Lunatic asylums in Bengal annual reports 1899-1911 - 1899-1911
Year: 1899
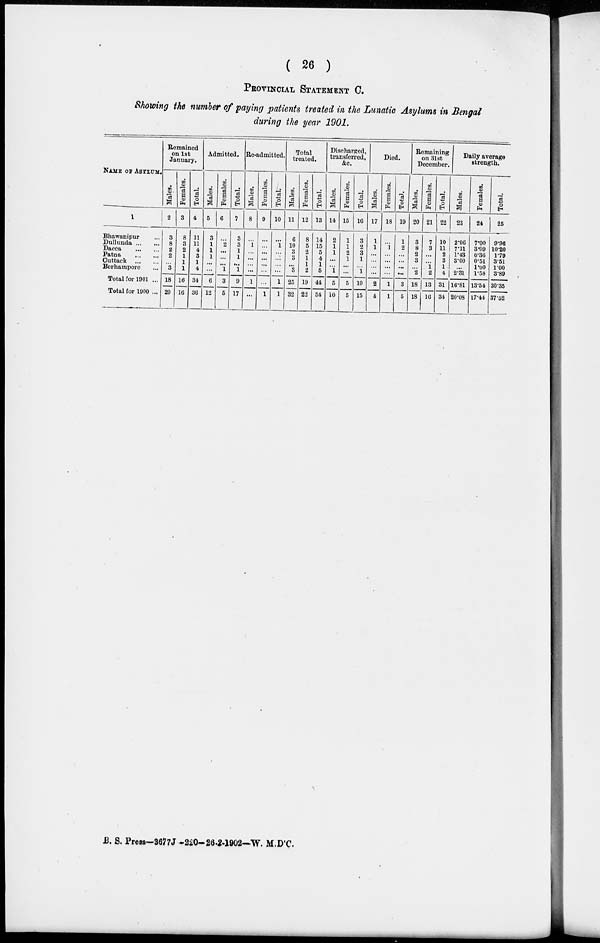
( 26 )
PROVINCIAL STATEMENT C.
Showing the number of paying patients treated in the Lunatic Asylums in Bengal
during the year 1901.
NAME OF ASYLUM.
1
Bhawanipur ...
Dullunda ... ...
Dacca
...
...
Patna
...
...
Cuttack
...
...
Berhampore ...
Total for 1901 ...
Total for 1900 ...
Remained
on 1st
January.
Males.
2
3
8
2
2
...
3
18
20
Females.
3
8
3
2
1
1
1
16
16
Total.
4
11
11
4
3
1
4
34
36
Admitted.
Males.
5
3
1
1
1
...
...
6
12
Females.
6
...
2
...
...
...
1
3
5
Total.
7
3
3
1
1
...
1
9
17
Re-admitted.
Males.
8
...
1
...
...
...
...
1
...
Females.
9
...
...
...
...
...
...
...
1
Total.
10
...
1
...
...
...
...
1
1
Total
treated.
Males.
11
6
10
3
3
...
3
25
32
Females.
12
8
5
2
1
1
2
19
22
Total.
13
14
15
5
4
1
5
44
54
Discharged,
transferred,
&c.
Males.
14
2
1
1
...
...
1
5
10
Females.
15
1
1
2
1
...
...
5
5
Total.
16
3
2
3
1
...
1
10
15
Died.
Males.
17
1
1
...
...
...
...
2
4
Females.
18
...
1
...
...
...
...
1
1
Total.
19
1
2
...
...
...
...
3
5
Remaining
on 31st
December.
Males.
20
3
8
2
3
...
2
18
18
Females.
21
7
3
...
...
1
2
13
16
Total.
22
10
11
2
3
1
4
31
34
Daily average
strength.
Males.
23
2.96
7.11
1.43
3.00
...
2.31
16.81
20.08
Females.
24
7.00
3.09
0.36
0.51
1.00
1.58
13.54
17.44
Total.
25
9.96
10.20
1.79
3.51
1.00
3.89
30.35
37.52
B. S. Press—3677J-220-26-2-1902—W. M.D'C.